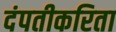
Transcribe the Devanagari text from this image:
दंपतीकरिता